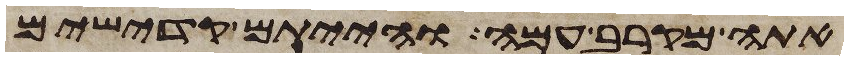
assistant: אתה מקרב עמה והייתם קדישים